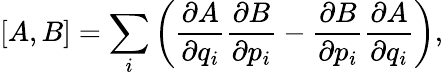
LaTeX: [A,B]=\sum_{i}\left(\frac{\partial A}{\partial q_{i}}\frac{\partial B}{\partial p_{i}}-\frac{\partial B}{\partial p_{i}}\frac{\partial A}{\partial q_{i}}\right),